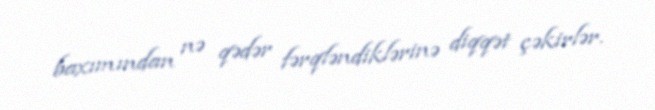
baxımından nə qədər fərqləndiklərinə diqqət çəkirlər.